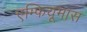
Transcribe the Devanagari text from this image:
एम्फियूमास